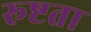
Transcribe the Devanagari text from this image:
रूष्टता